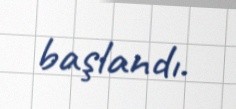
başlandı.